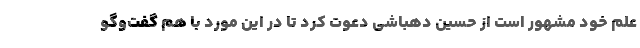
علم خود مشهور است از حسین دهباشی دعوت کرد تا در این مورد با هم گفت‌وگو